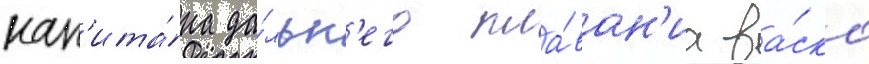
кап'ита́на да́льн'его пла́ван'иа ва́ско